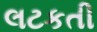
લટકતી